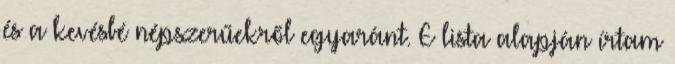
és a kevésbé népszerűekről egyaránt. E lista alapján írtam